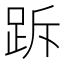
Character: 跅